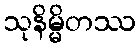
သုနိမ္မိတဿ